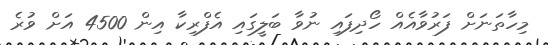
މިހާތަނަށް ފަރުވާއެއް ހޯދިފައި ނުވާ ބަލީގައި އެފްރިކާ އިން 4500 އަށް ވުރެ